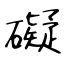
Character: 礙